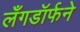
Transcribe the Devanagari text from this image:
लँगडॉर्फने